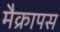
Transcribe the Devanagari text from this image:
मैक्रापस